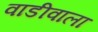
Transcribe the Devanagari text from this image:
वाडीवाला